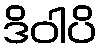
ဒိဝါပိ